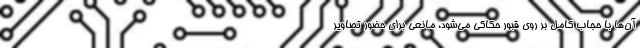
آن‌ها با حجاب کامل بر روی قبور حکاکی می‌شود، مانعی برای حضور تصاویر